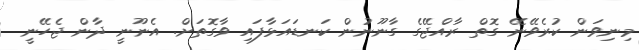
މިނިވަން ކުރެވޭނޭ ގޮތް ރާއްޖޭގެ ގާނޫނުން ކަނޑައަޅާފައި ވާގޮތަށް. އެނޫނީ ދާން ޖެހޭނީ